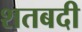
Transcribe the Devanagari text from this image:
शतबदी